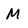
Character: m